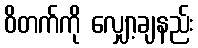
ဝိတက်ကို လျှော့ချနည်း